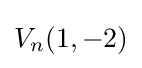
V_{n}(1,-2)